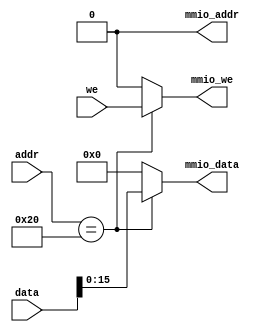
module mem_ctrl(
    input [31:0]addr,
    input [31:0]data,
    input we,

    output reg mmio_addr,
    output reg [15:0]mmio_data,
    output reg mmio_we
);

/* Problem 1: look here carefully. */

always @(*) begin
    mmio_addr = 1'b0;
    mmio_data = 16'b0;
    mmio_we = 1'b0;

    case (addr)
        32'h20: begin
            mmio_addr = 1'b0;   // Hex display
            mmio_data = data[15:0];
            mmio_we = we;
        end
        /* Problem 2: describe UART transmitter case here. */
        default: begin
        end
    endcase
end

endmodule